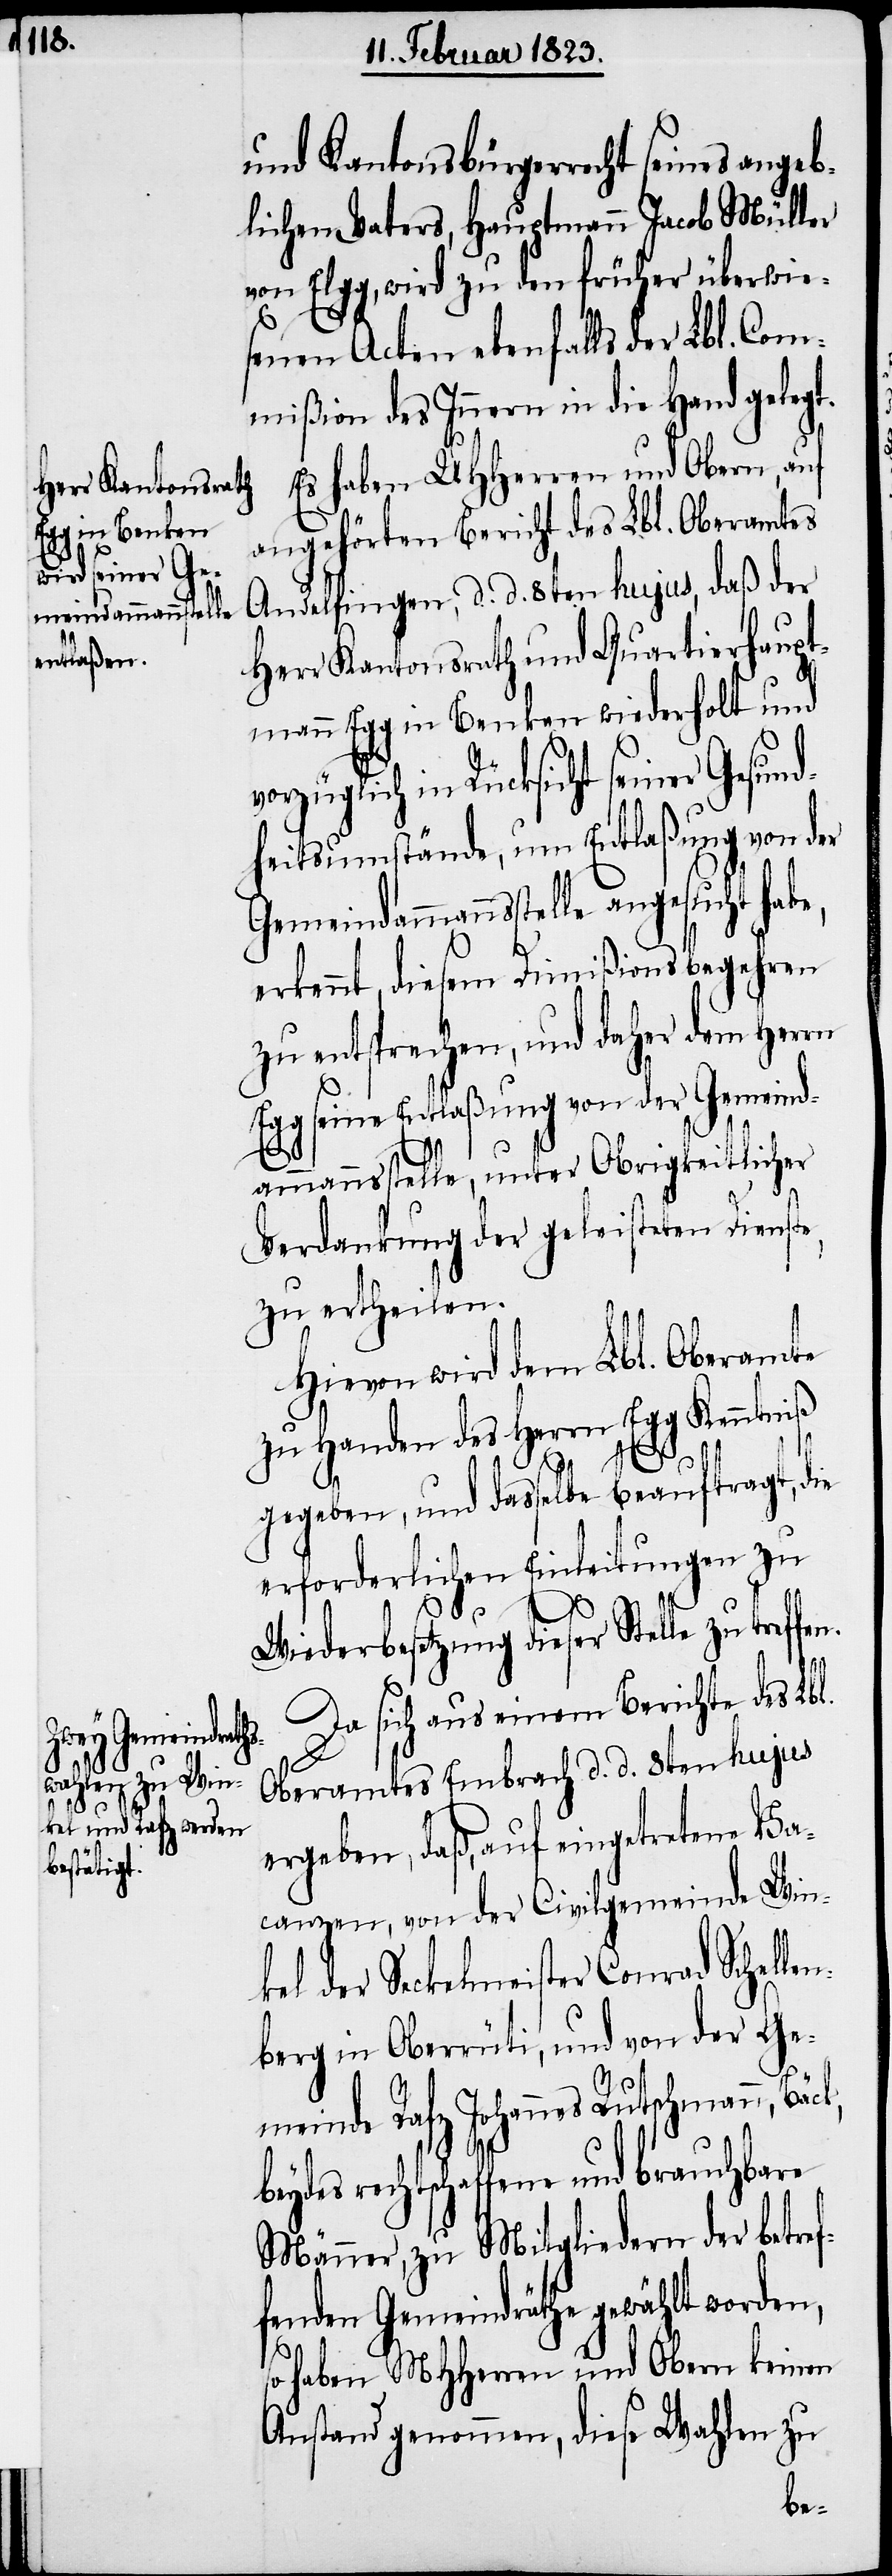
und Kantonsbürgerrecht seines angeb¬
lichen Vaters, Hauptmann Jacob Müller
von Elgg, wird zu den früher überwie¬
senen Acten ebenfalls der Lbl. Com¬
mißion des Innern in die Hand gelegt.
Es haben UHHerren und Obern, auf
angehörten Bericht des Lbl. Oberamtes
Andelfingen, d. d. 8ten hujus, daß der
Herr Kantonsrath und Quartierhaupt¬
mann Egg in Benken wiederholt und
vorzüglich in Rücksicht seiner Gesund¬
heitsumstände, um Entlaßung von der
Gemeindammannsstelle angesucht habe,
erkennt, diesem Dimißionsbegehren
zu entsprechen, und daher dem Herrn
seine Entlaßung von der Gemein¬
dammannsstelle, unter Obrigkeitlicher
Verdankung der geleisteten Dienste,
zu ertheilen.
Hievon wird dem Lbl. Oberamte
zu Handen des Herrn Egg Kenntniß
n.
gegeben, und dasselbe beauftragt, die
erforderlichen Einleitungen zu
Wiederbesetzung dieser Stelle zu treffe¬
Da sich aus einem Berichte des Lbl.
Oberamtes Embrach d. d. 8ten hujus
ergeben, daß, auf eingetretene Va¬
canzen, von der Civilgemeinde Win¬
kel der Seckelmeister Conrad Schelle¬
nberg in Oberrüti, und von der Ge¬
meinde Rafz Johannes Rutschmann,
rechtschaffene und brauchbare
Männer, zu Mitgliedern der betref¬
fenden Gemeindräthe gewählt worden,
so haben MHHerren und Obern keinen
Anstand genommen, diese Wahlen zu